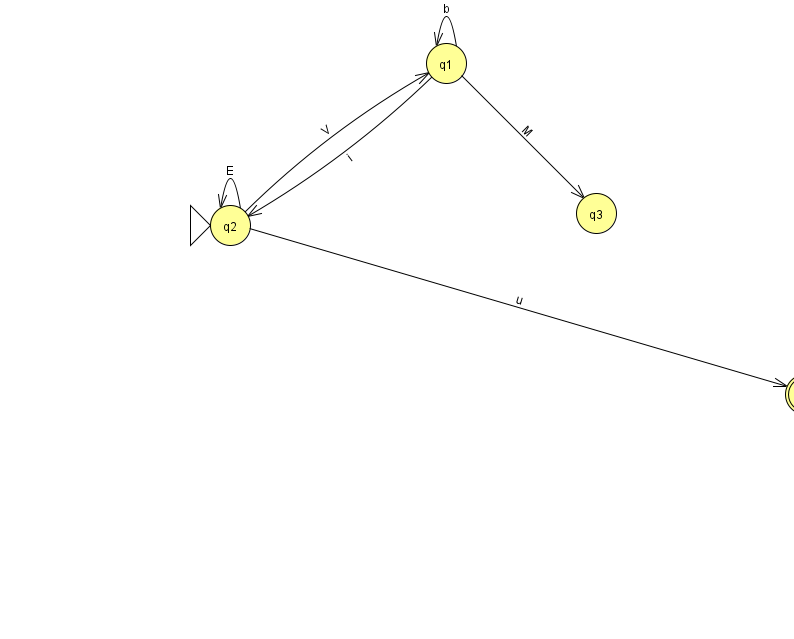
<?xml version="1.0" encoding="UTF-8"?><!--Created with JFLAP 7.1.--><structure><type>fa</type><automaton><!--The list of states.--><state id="0" name="q0"><x>805.0</x><y>381.0</y><final/></state><state id="1" name="q1"><x>446.0</x><y>50.0</y></state><state id="2" name="q2"><x>230.0</x><y>212.0</y><initial/></state><state id="3" name="q3"><x>596.0</x><y>200.0</y></state><!--The list of transitions.--><transition><from>1</from><to>1</to><read>b</read></transition><transition><from>1</from><to>2</to><read>i</read></transition><transition><from>2</from><to>2</to><read>E</read></transition><transition><from>2</from><to>0</to><read>u</read></transition><transition><from>2</from><to>1</to><read>V</read></transition><transition><from>1</from><to>3</to><read>M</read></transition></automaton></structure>